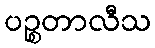
ပဉ္စတာလီသ